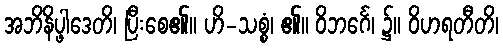
အဘိနိပ္ဖါဒေတိ၊ ပြီးစေ၏။ ဟိ-သစ္စံ၊ ၏။ ဝိဘင်္ဂေ၊ ၌။ ဝိဟရတီတိ၊